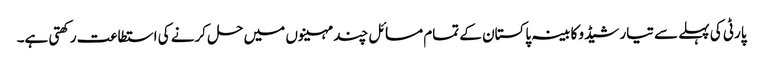
پارٹی کی پہلے سے تیار شیڈو کابینہ پاکستان کے تمام مسائل چند مہینوں میں حل کرنے کی استطاعت رکھتی ہے۔